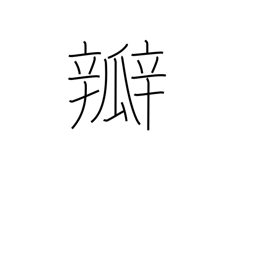
Meaning: valve